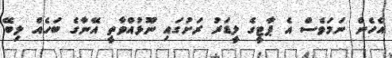
އެހެން ނަމަވެސް އެ ޕާޓީގެ ލީޑަރު ރަށުގައި ނޫޅުއްވާތީ އޭނާގެ ބަހެއް ލިބޭ